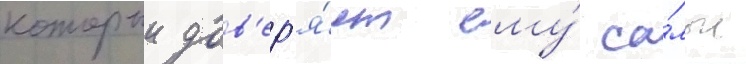
которыи дов'ер'я́ет ему́ са́мые